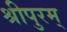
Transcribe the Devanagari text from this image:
श्रीपुरम्